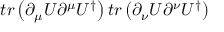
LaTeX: t r \left( \partial _ { \mu } U \partial ^ { \mu } U ^ { \dagger } \right) t r \left( \partial _ { \nu } U \partial ^ { \nu } U ^ { \dagger } \right)